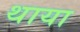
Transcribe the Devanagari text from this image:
थाया